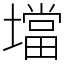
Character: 壋